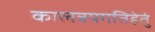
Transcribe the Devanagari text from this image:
कालत्रयगतिहेतुं